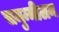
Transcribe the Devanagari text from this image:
समुन्मीलन